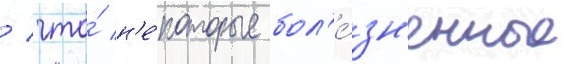
/ что́ н'е́которые бол'е́зн'енные